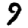
Digit: 9